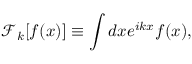
\mathcal { F } _ { k } [ f ( x ) ] \equiv \int d x e ^ { i k x } f ( x ) ,